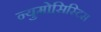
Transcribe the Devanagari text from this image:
न्युमोसिस्टिस